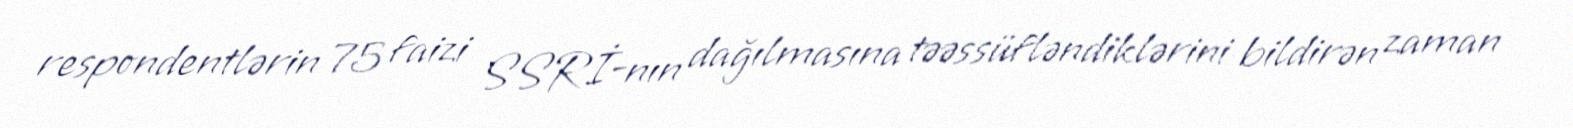
respondentlərin 75 faizi SSRİ-nın dağılmasına təəssüfləndiklərini bildirən zaman